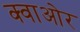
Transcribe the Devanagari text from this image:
क्वाओर